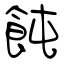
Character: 飩